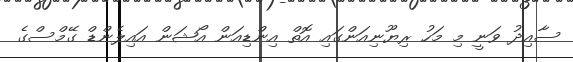
ސާއިދު ވަނީ މި މަހު ރިޔޫނިއަންގައި އޮތް އިންޑިއަން އޯޝަން އައިލެންޑް ގޭމްސްގެ